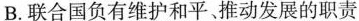
B.联合国负有维护和平。推动发展的职责